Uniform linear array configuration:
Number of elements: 8
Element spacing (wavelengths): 0.5
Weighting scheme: hamming
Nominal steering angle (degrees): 15
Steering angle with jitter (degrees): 13.859
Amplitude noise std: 0.05
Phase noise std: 0.05

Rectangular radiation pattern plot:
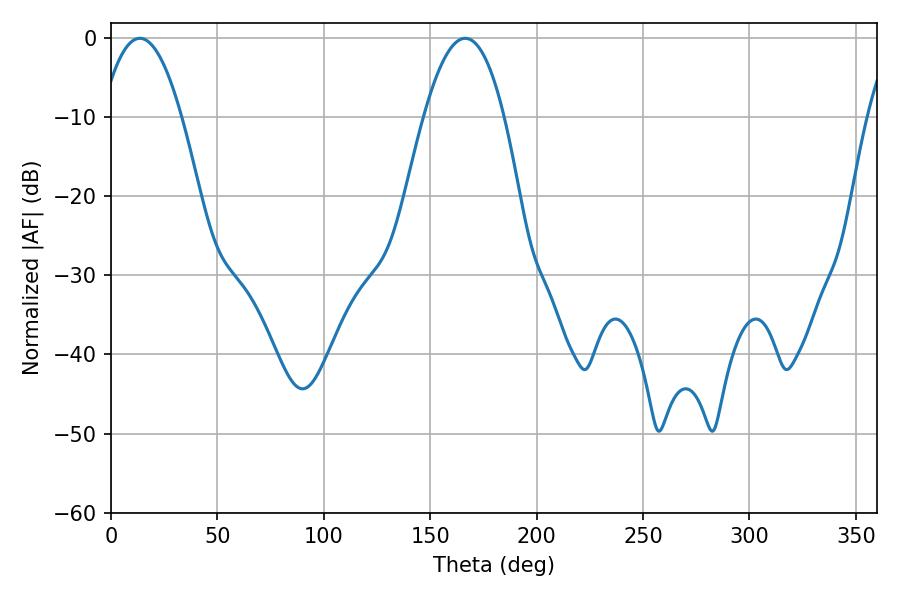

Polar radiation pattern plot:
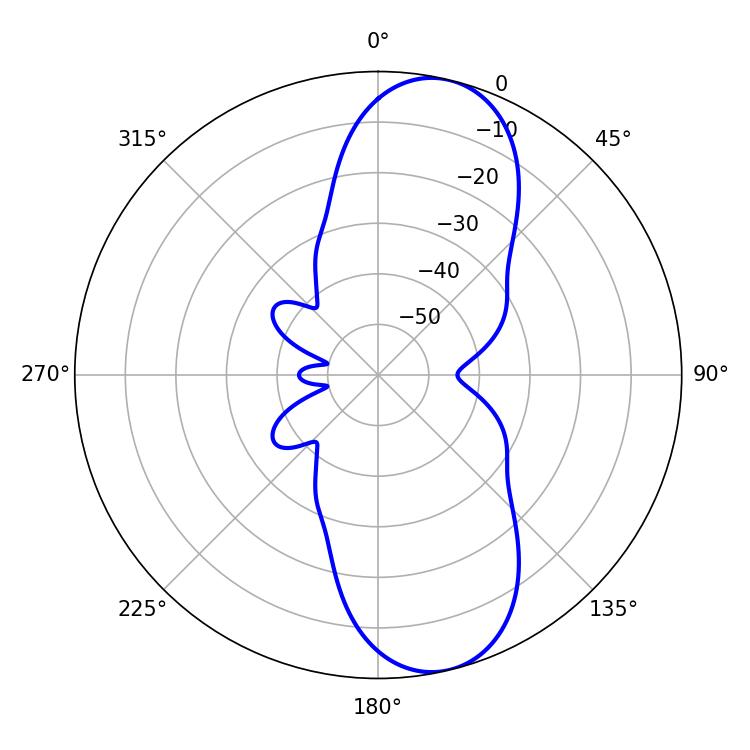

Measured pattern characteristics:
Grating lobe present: FALSE
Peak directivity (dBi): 10.305
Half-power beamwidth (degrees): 20.7
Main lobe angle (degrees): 13.5